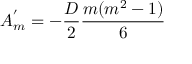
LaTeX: A _ { m } ^ { ' } = - \frac { D } { 2 } \frac { m ( m ^ { 2 } - 1 ) } { 6 }